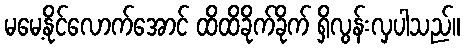
မမေ့နိုင်လောက်အောင် ထိထိခိုက်ခိုက် ရှိလွန်းလှပါသည်။